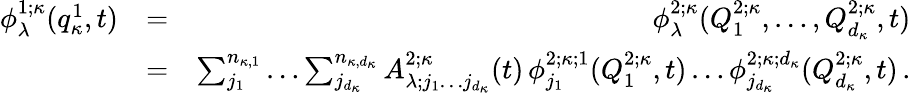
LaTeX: \begin{array}{rlr}{\phi_{\lambda}^{1;\kappa}(q_{\kappa}^{1},t)}&{=}&{\phi_{\lambda}^{2;\kappa}(Q_{1}^{2;\kappa},\ldots,Q_{d_{\kappa}}^{2;\kappa},t)}\\ &{=}&{\sum_{j_{1}}^{n_{\kappa,1}}\ldots\sum_{j_{d_{\kappa}}}^{n_{\kappa,d_{\kappa}}}A_{\lambda;j_{1}\ldots j_{d_{\kappa}}}^{2;\kappa}(t)\, \phi_{j_{1}}^{2;\kappa;1}(Q_{1}^{2;\kappa},t)\ldots\phi_{j_{d_{\kappa}}}^{2;\kappa;d_{\kappa}}(Q_{d_{\kappa}}^{2;\kappa},t)\, .}\end{array}